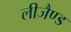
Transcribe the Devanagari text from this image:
लीजैण्ड